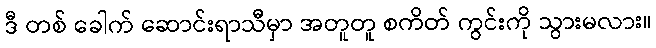
ဒီ တစ် ခေါက် ဆောင်းရာသီမှာ အတူတူ စကိတ် ကွင်းကို သွားမလား။